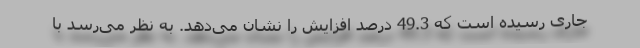
جاری رسیده است که 49.3 درصد افزایش را نشان می‌دهد. به نظر می‌رسد با